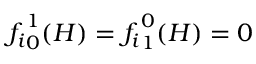
{ f _ { i } } _ { 0 } ^ { 1 } ( H ) = { f _ { i } } _ { 1 } ^ { 0 } ( H ) = 0